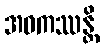
အဝကဿန္တိ